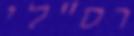
רס"לי